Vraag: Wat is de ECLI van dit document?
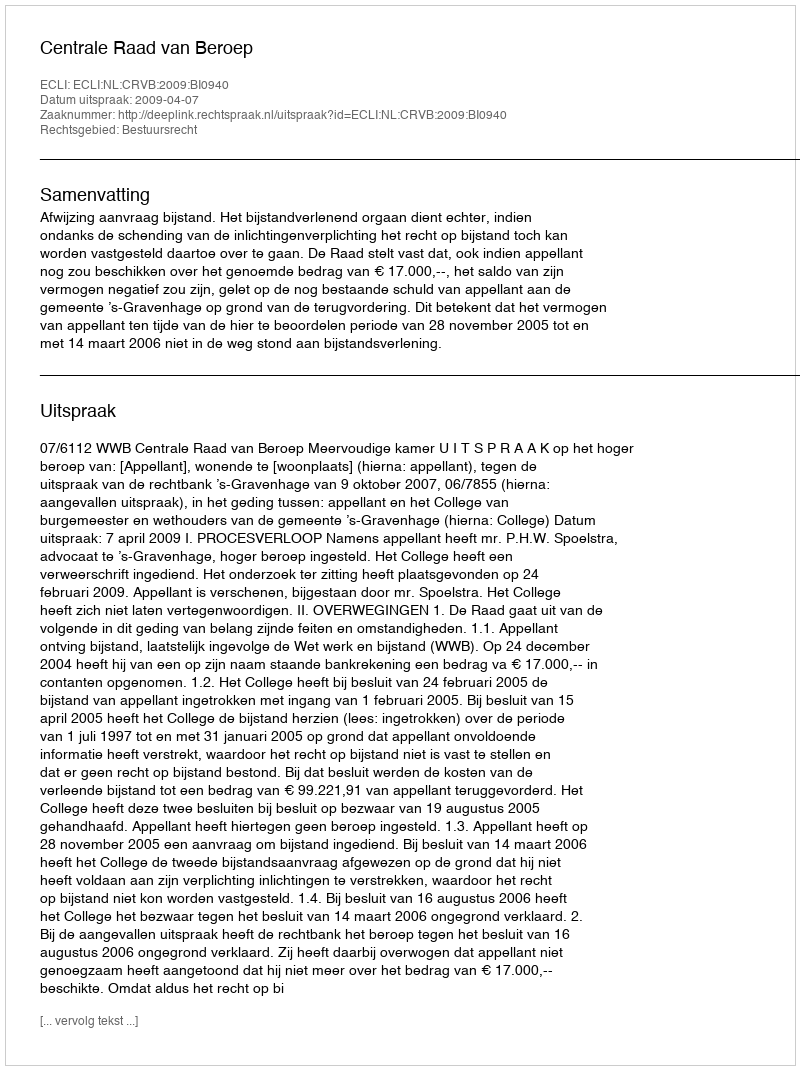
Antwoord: ECLI:NL:CRVB:2009:BI0940